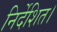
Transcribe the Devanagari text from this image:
निर्देशित।